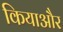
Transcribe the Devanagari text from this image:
कियाऔर